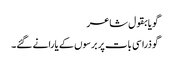
گویا بقول شاعر
گو ذرا سی بات پر برسوں کے یارانے گئے۔